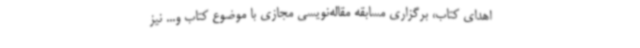
اهدای کتاب، برگزاری مسابقه مقاله‌نویسی مجازی با موضوع کتاب و... نیز